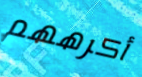
أكرههم